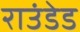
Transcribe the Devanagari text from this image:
राउंडेड